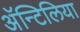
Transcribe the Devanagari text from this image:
अॅन्टिलिया